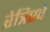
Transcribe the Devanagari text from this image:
रेत्रिएवे